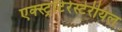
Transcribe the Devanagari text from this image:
एक्स्ट्रॉटेरेस्टेरीयल